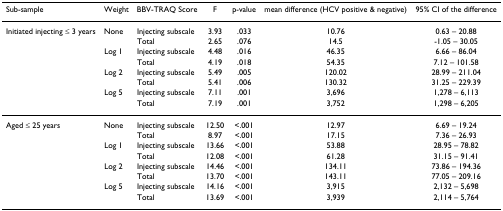
| Sub-sample | Weight | BBV-TRAQ Score | F | p-value | mean difference (HCV positive & negative) | 95% CI of the difference |
 | --- | --- | --- | --- | --- | --- | --- |
 | Initiated injecting ≤ 3 years | None | Injecting subscale | 3.93 | .033 | 10.76 | 0.63 – 20.88 |
 |  |  | Total | 2.65 | .076 | 14.5 | -1.05 – 30.05 |
 |  | Log 1 | Injecting subscale | 4.48 | .016 | 46.35 | 6.66 – 86.04 |
 |  |  | Total | 4.19 | .018 | 54.35 | 7.12 – 101.58 |
 |  | Log 2 | Injecting subscale | 5.49 | .005 | 120.02 | 28.99 – 211.04 |
 |  |  | Total | 5.41 | .006 | 130.32 | 31.25 – 229.39 |
 |  | Log 5 | Injecting subscale | 7.11 | .001 | 3,696 | 1,278 – 6,113 |
 |  |  | Total | 7.19 | .001 | 3,752 | 1,298 – 6,205 |
 | Aged ≤ 25 years | None | Injecting subscale | 12.50 | <.001 | 12.97 | 6.69 – 19.24 |
 |  |  | Total | 8.97 | <.001 | 17.15 | 7.36 – 26.93 |
 |  | Log 1 | Injecting subscale | 13.66 | <.001 | 53.88 | 28.95 – 78.82 |
 |  |  | Total | 12.08 | <.001 | 61.28 | 31.15 – 91.41 |
 |  | Log 2 | Injecting subscale | 14.46 | <.001 | 134.11 | 73.86 – 194.36 |
 |  |  | Total | 13.70 | <.001 | 143.11 | 77.05 – 209.16 |
 |  | Log 5 | Injecting subscale | 14.16 | <.001 | 3,915 | 2,132 – 5,698 |
 |  |  | Total | 13.69 | <.001 | 3,939 | 2,114 – 5,764 |